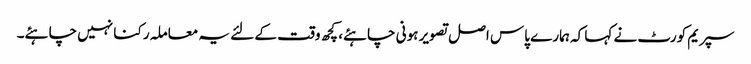
سپریم کورٹ نے کہا کہ ہمارے پاس اصل تصویر ہونی چاہئے، کچھ وقت کے لئے یہ معاملہ رکنا نہیں چاہئے۔